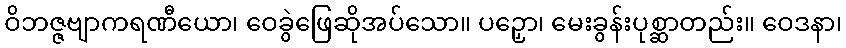
ဝိဘဇ္ဇဗျာကရဏီယော၊ ဝေခွဲဖြေဆိုအပ်သော။ ပဉှော၊ မေးခွန်းပုစ္ဆာတည်း။ ဝေဒနာ၊